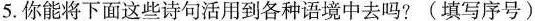
5. 你能将下面这些诗句活用到各种语境中去吗?(填写序号)